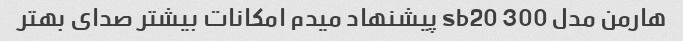
هارمن مدل sb20 300 پیشنهاد میدم امکانات بیشتر صدای بهتر